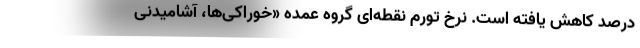
درصد کاهش یافته است. نرخ تورم نقطه‌ای گروه عمده «خوراکی‌ها، آشامیدنی